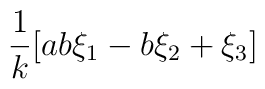
\frac{1}{k} [ab\xi_{1} - b\xi_{2} + \xi_{3}]